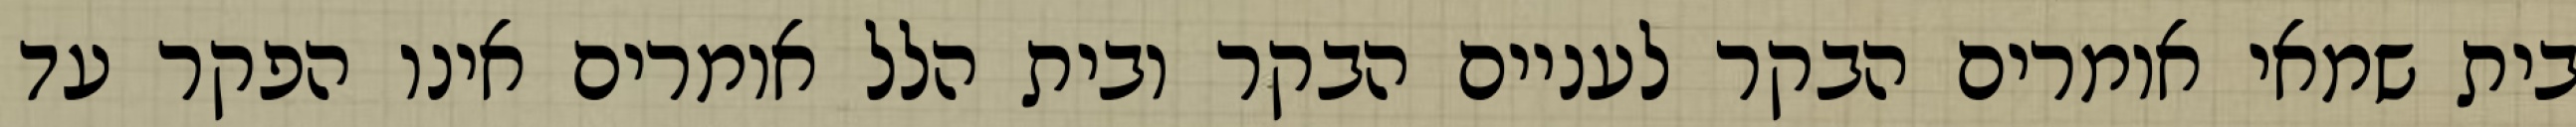
בית שמאי אומרים הבקר לעניים הבקר ובית הלל אומרים אינו הפקר עד